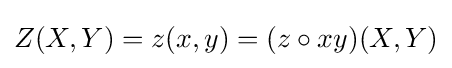
Z(X,Y)=z(x,y)=(z\circ xy)(X,Y)